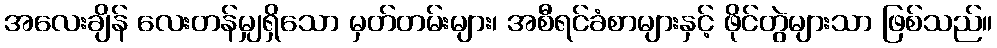
အလေးချိန် လေးတန်မျှရှိသော မှတ်တမ်းများ၊ အစီရင်ခံစာများနှင့် ဖိုင်တွဲများသာ ဖြစ်သည်။